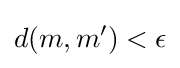
d(m,m')<\epsilon